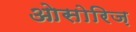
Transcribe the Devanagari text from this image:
ओसोरिज़